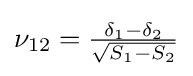
{\textstyle \nu _{12}={\delta _{1}-\delta _{2} \over {\sqrt {S_{1}-S_{2}}}}}